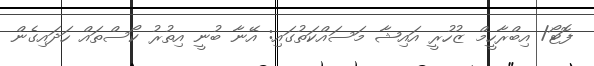
ފޮޓޯ/ އިބްރާހީމް ޒުހުރީ އައިޝާ މަސައްކަތުގައި: އޭނާ ބުނީ އިތުރު ކޯސްތައް ހަދައިގެން